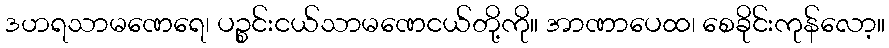
ဒဟရသာမဏေရေ၊ ပဉ္စင်းငယ်သာမဏေငယ်တို့ကို။ အာဏာပေထ၊ စေခိုင်းကုန်လော့။